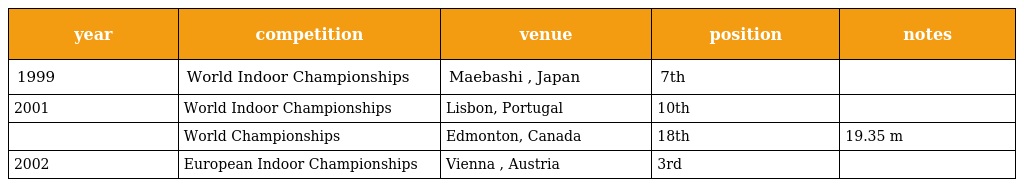
| year | competition | venue | position | notes |
 | --- | --- | --- | --- | --- |
 | 1999 | World Indoor Championships | Maebashi , Japan | 7th |  |
 | 2001 | World Indoor Championships | Lisbon, Portugal | 10th |  |
 |  | World Championships | Edmonton, Canada | 18th | 19.35 m |
 | 2002 | European Indoor Championships | Vienna , Austria | 3rd |  |